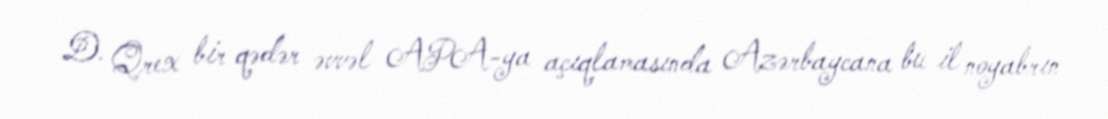
D. Qrex bir qədər əvvəl APA-ya açıqlamasında Azərbaycana bu il noyabrın